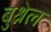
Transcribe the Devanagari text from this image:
बुश्नेल